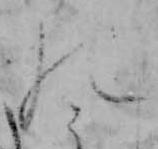
の